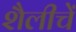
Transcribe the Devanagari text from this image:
शैलीचें